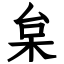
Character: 枲